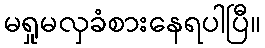
မရှုမလှခံစားနေရပါပြီ။